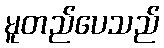
မူတည်ပေသည်